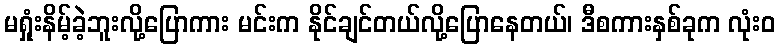
မရှုံးနိမ့်ခဲ့ဘူးလို့ပြောကား မင်းက နိုင်ချင်တယ်လို့ပြောနေတယ်၊ ဒီစကားနှစ်ခုက လုံးဝ